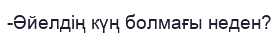
-Әйелдің күң болмағы неден?